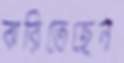
ঝরিতেছেন